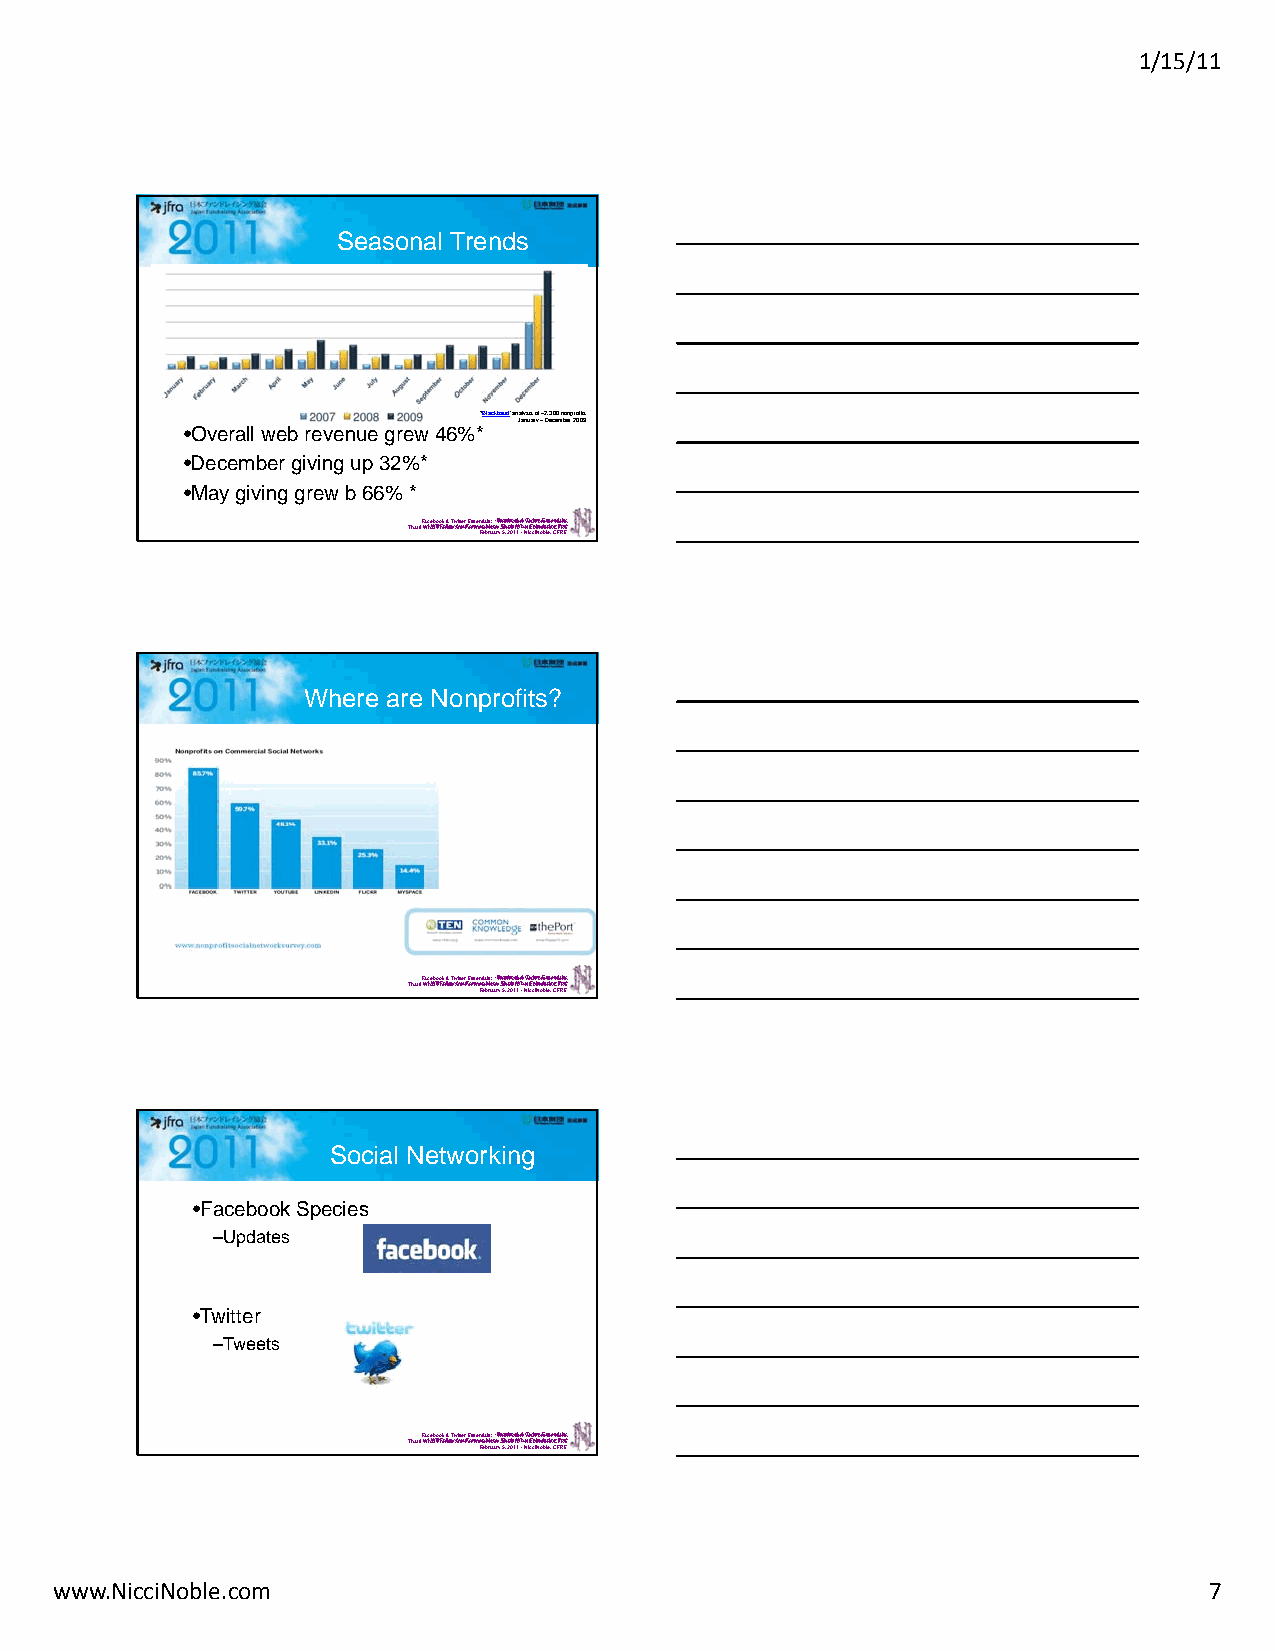
1/15/11
 Seasonal Trends
 *Blackbaud’ analysis of ~2,300 nonprofits
 January –December 2009
 •Overall web revenue grew 46%*
 •December giving up 32%*
 •May giving grew b 66% *
 That’sF Wa‘cIh eWabti olFlo rFkieo &nlldo Tsww AYitroteeu rF FEoosr’rs eNevnoeFtvireae bMlms ro: ub ra ee‘I rF r ,y W a 3 T5c 0hi ,el, la 2bF2t0o’0os1o 1llW1ko0 w& -h- NaYNTti o cw iFcu ci crt i it ieFe NNnor o dorE besbs lv elsAee ,e , rr C neCMt Fi FFao RRolrs EerE:’,
 Where are Nonprofits?
 That’sF Wa‘cIh eWabti olFlo rFkieo &nlldo Tsww AYitroteeu rF FEoosr’rs eNevnoeFtvireae bMlms ro: ub ra ee‘I rF r ,y W a 3 T5c 0hi ,el, la 2bF2t0o’0os1o 1llW1ko0 w& -h- NaYNTti o cw iFcu ci crt i it ieFe NNnor o dorE besbs lv elsAee ,e , rr C neCMt Fi FFao RRolrs EerE:’,
 Social Networking
 •Facebook Species
 –Updates
 •Twitter
 –Tweets
 That’sF Wa‘cIh eWabti olFlo rFkieo &nlldo Tsww AYitroteeu rF FEoosr’rs eNevnoeFtvireae bMlms ro: ub ra ee‘I rF r ,y W a 3 T5c 0hi ,el, la 2bF2t0o’0os1o 1llW1ko0 w& -h- NaYNTti o cw iFcu ci crt i it ieFe NNnor o dorE besbs lv elsAee ,e , rr C neCMt Fi FFao RRolrs EerE:’,
 www.NicciNoble.com                                                          7